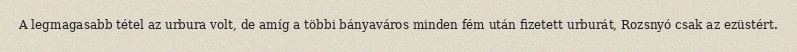
A legmagasabb tétel az urbura volt, de amíg a többi bányaváros minden fém után fizetett urburát, Rozsnyó csak az ezüstért.